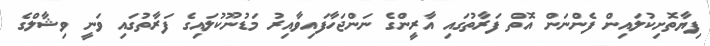
ފިޔާތޮށިކުލައިން ފެންނަން އޮތް ފަރާތުގައި އާރީންގެ ނަންޖަހާފައިވާއިރު މަޑުނޫކުލައިގެ ފަރާތުގައި ވަނީ ވިޝާލްގެ